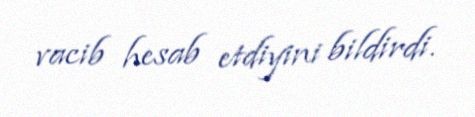
vacib hesab etdiyini bildirdi.